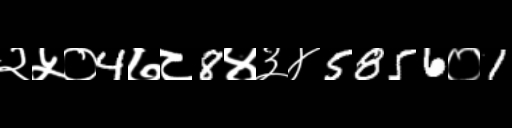
Text: २५०4७८8४३४5856०1